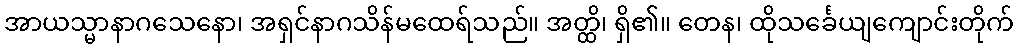
အာယသ္မာနာဂသေနော၊ အရှင်နာဂသိန်မထေရ်သည်။ အတ္ထိ၊ ရှိ၏။ တေန၊ ထိုသင်္ခေယျကျောင်းတိုက်